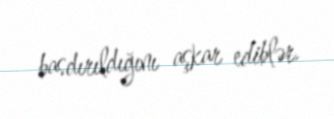
basdırıldığını aşkar ediblər.